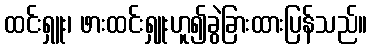
ထင်းရှူး၊ ဖားထင်းရှူးဟူ၍ခွဲခြားထားပြန်သည်။